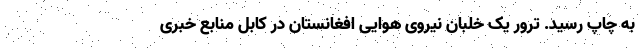
به چاپ رسید. ترور یک خلبان نیروی هوایی افغانستان در کابل منابع خبری